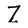
Character: Z